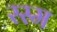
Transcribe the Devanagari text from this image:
रस्‍म